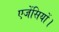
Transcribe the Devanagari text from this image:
एजेंसियों।